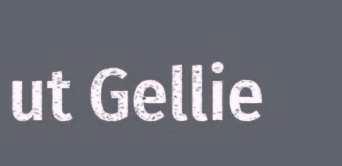
ut Gellie